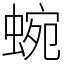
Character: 蜿